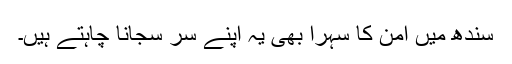
سندھ میں امن کا سہرا بھی یہ اپنے سر سجانا چاہتے ہیں۔